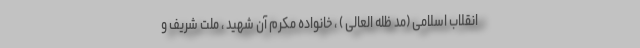
انقلاب اسلامی (مد ظله العالی ) ، خانواده مکرم آن شهید ، ملت شریف و